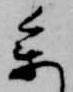
参